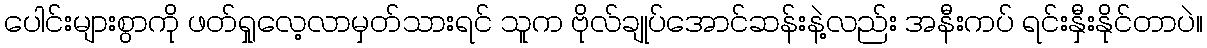
ပေါင်းများစွာကို ဖတ်ရှုလေ့လာမှတ်သားရင် သူက ဗိုလ်ချုပ်အောင်ဆန်းနဲ့လည်း အနီးကပ် ရင်းနှီးနိုင်တာပဲ။